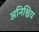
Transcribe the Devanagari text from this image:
अनिश्चिय